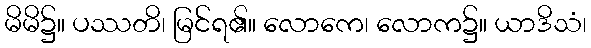
မိမိ၌။ ပဿတိ၊ မြင်ရ၏။ လောကေ၊ လောက၌။ ယာဒိသံ၊